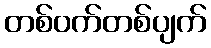
တစ်ဝက်တစ်ပျက်